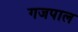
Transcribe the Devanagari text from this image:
गजपाल